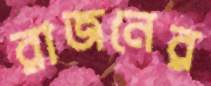
রাজনের